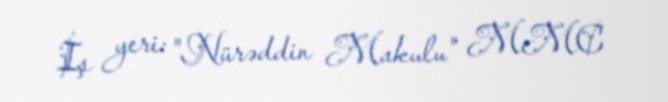
İş yeri: "Nürəddin Makulu" MMC